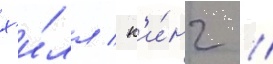
х'и́лл / к'и́нг /